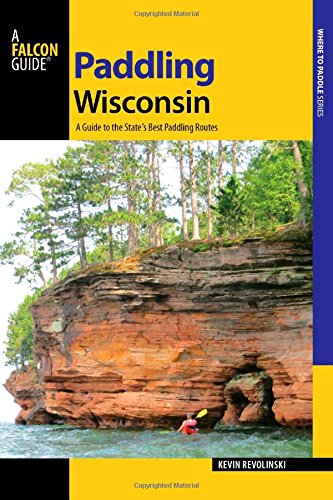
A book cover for Paddling Wisconsin: A Guide to the State's Best Paddling Routes (Paddling Series); Kevin Revolinski; Travel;